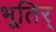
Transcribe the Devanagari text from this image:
भूतिर्